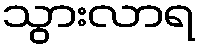
သွားလာရ